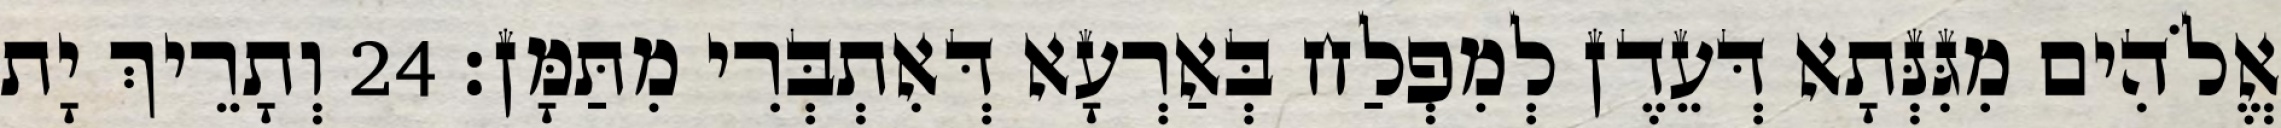
אֱלֹהִים מִגִּנְּתָא דְּעֵדֶן לְמִפְלַח בְּאַרְעָא דְּאִתְבְּרִי מִתַּמָּן׃ 24 וְתָרֵיךְ יָת